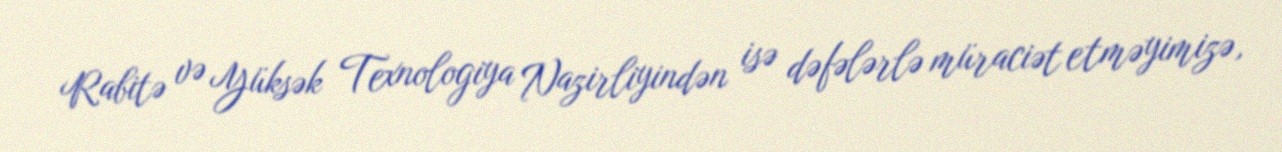
Rabitə və Yüksək Texnologiya Nazirliyindən isə dəfələrlə müraciət etməyimizə,